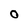
Character: O